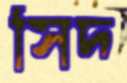
সিদ